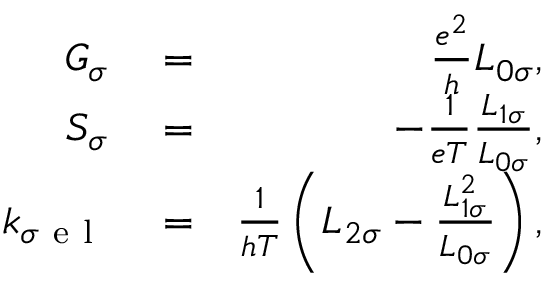
\begin{array} { r l r } { G _ { \sigma } } & { { } = } & { \frac { e ^ { 2 } } { h } L _ { 0 \sigma } , } \\ { S _ { \sigma } } & { { } = } & { - \frac { 1 } { e T } \frac { L _ { 1 \sigma } } { L _ { 0 \sigma } } , } \\ { k _ { \sigma \mathrm { ~ e ~ l ~ } } } & { { } = } & { \frac { 1 } { h T } \left( L _ { 2 \sigma } - \frac { L _ { 1 \sigma } ^ { 2 } } { L _ { 0 \sigma } } \right) , } \end{array}